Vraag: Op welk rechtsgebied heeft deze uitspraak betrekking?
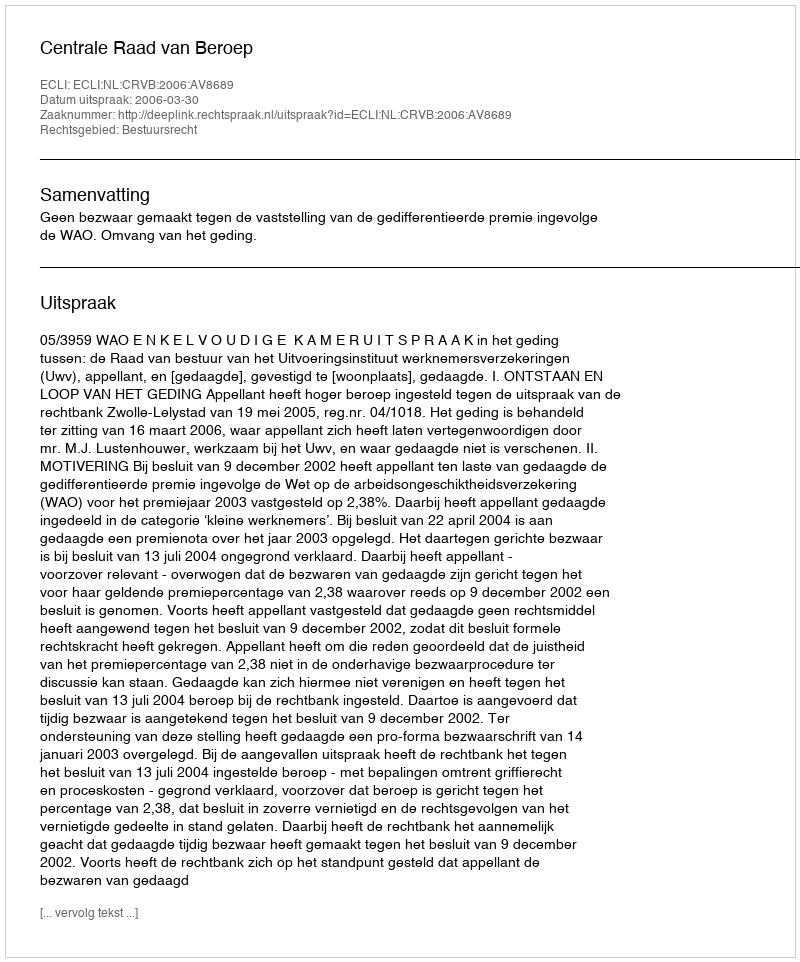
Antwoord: Bestuursrecht